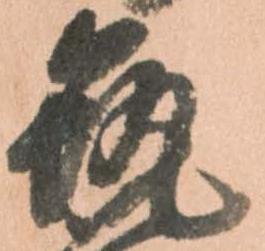
筑